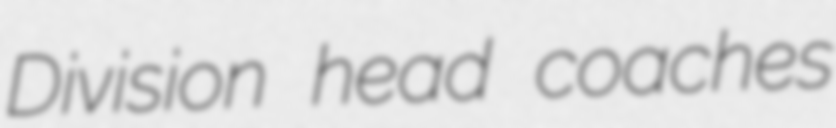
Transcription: Division head coaches